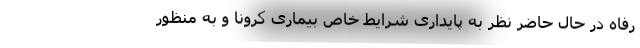
رفاه در حال حاضر نظر به پایداری شرایط خاص بیماری کرونا و به منظور